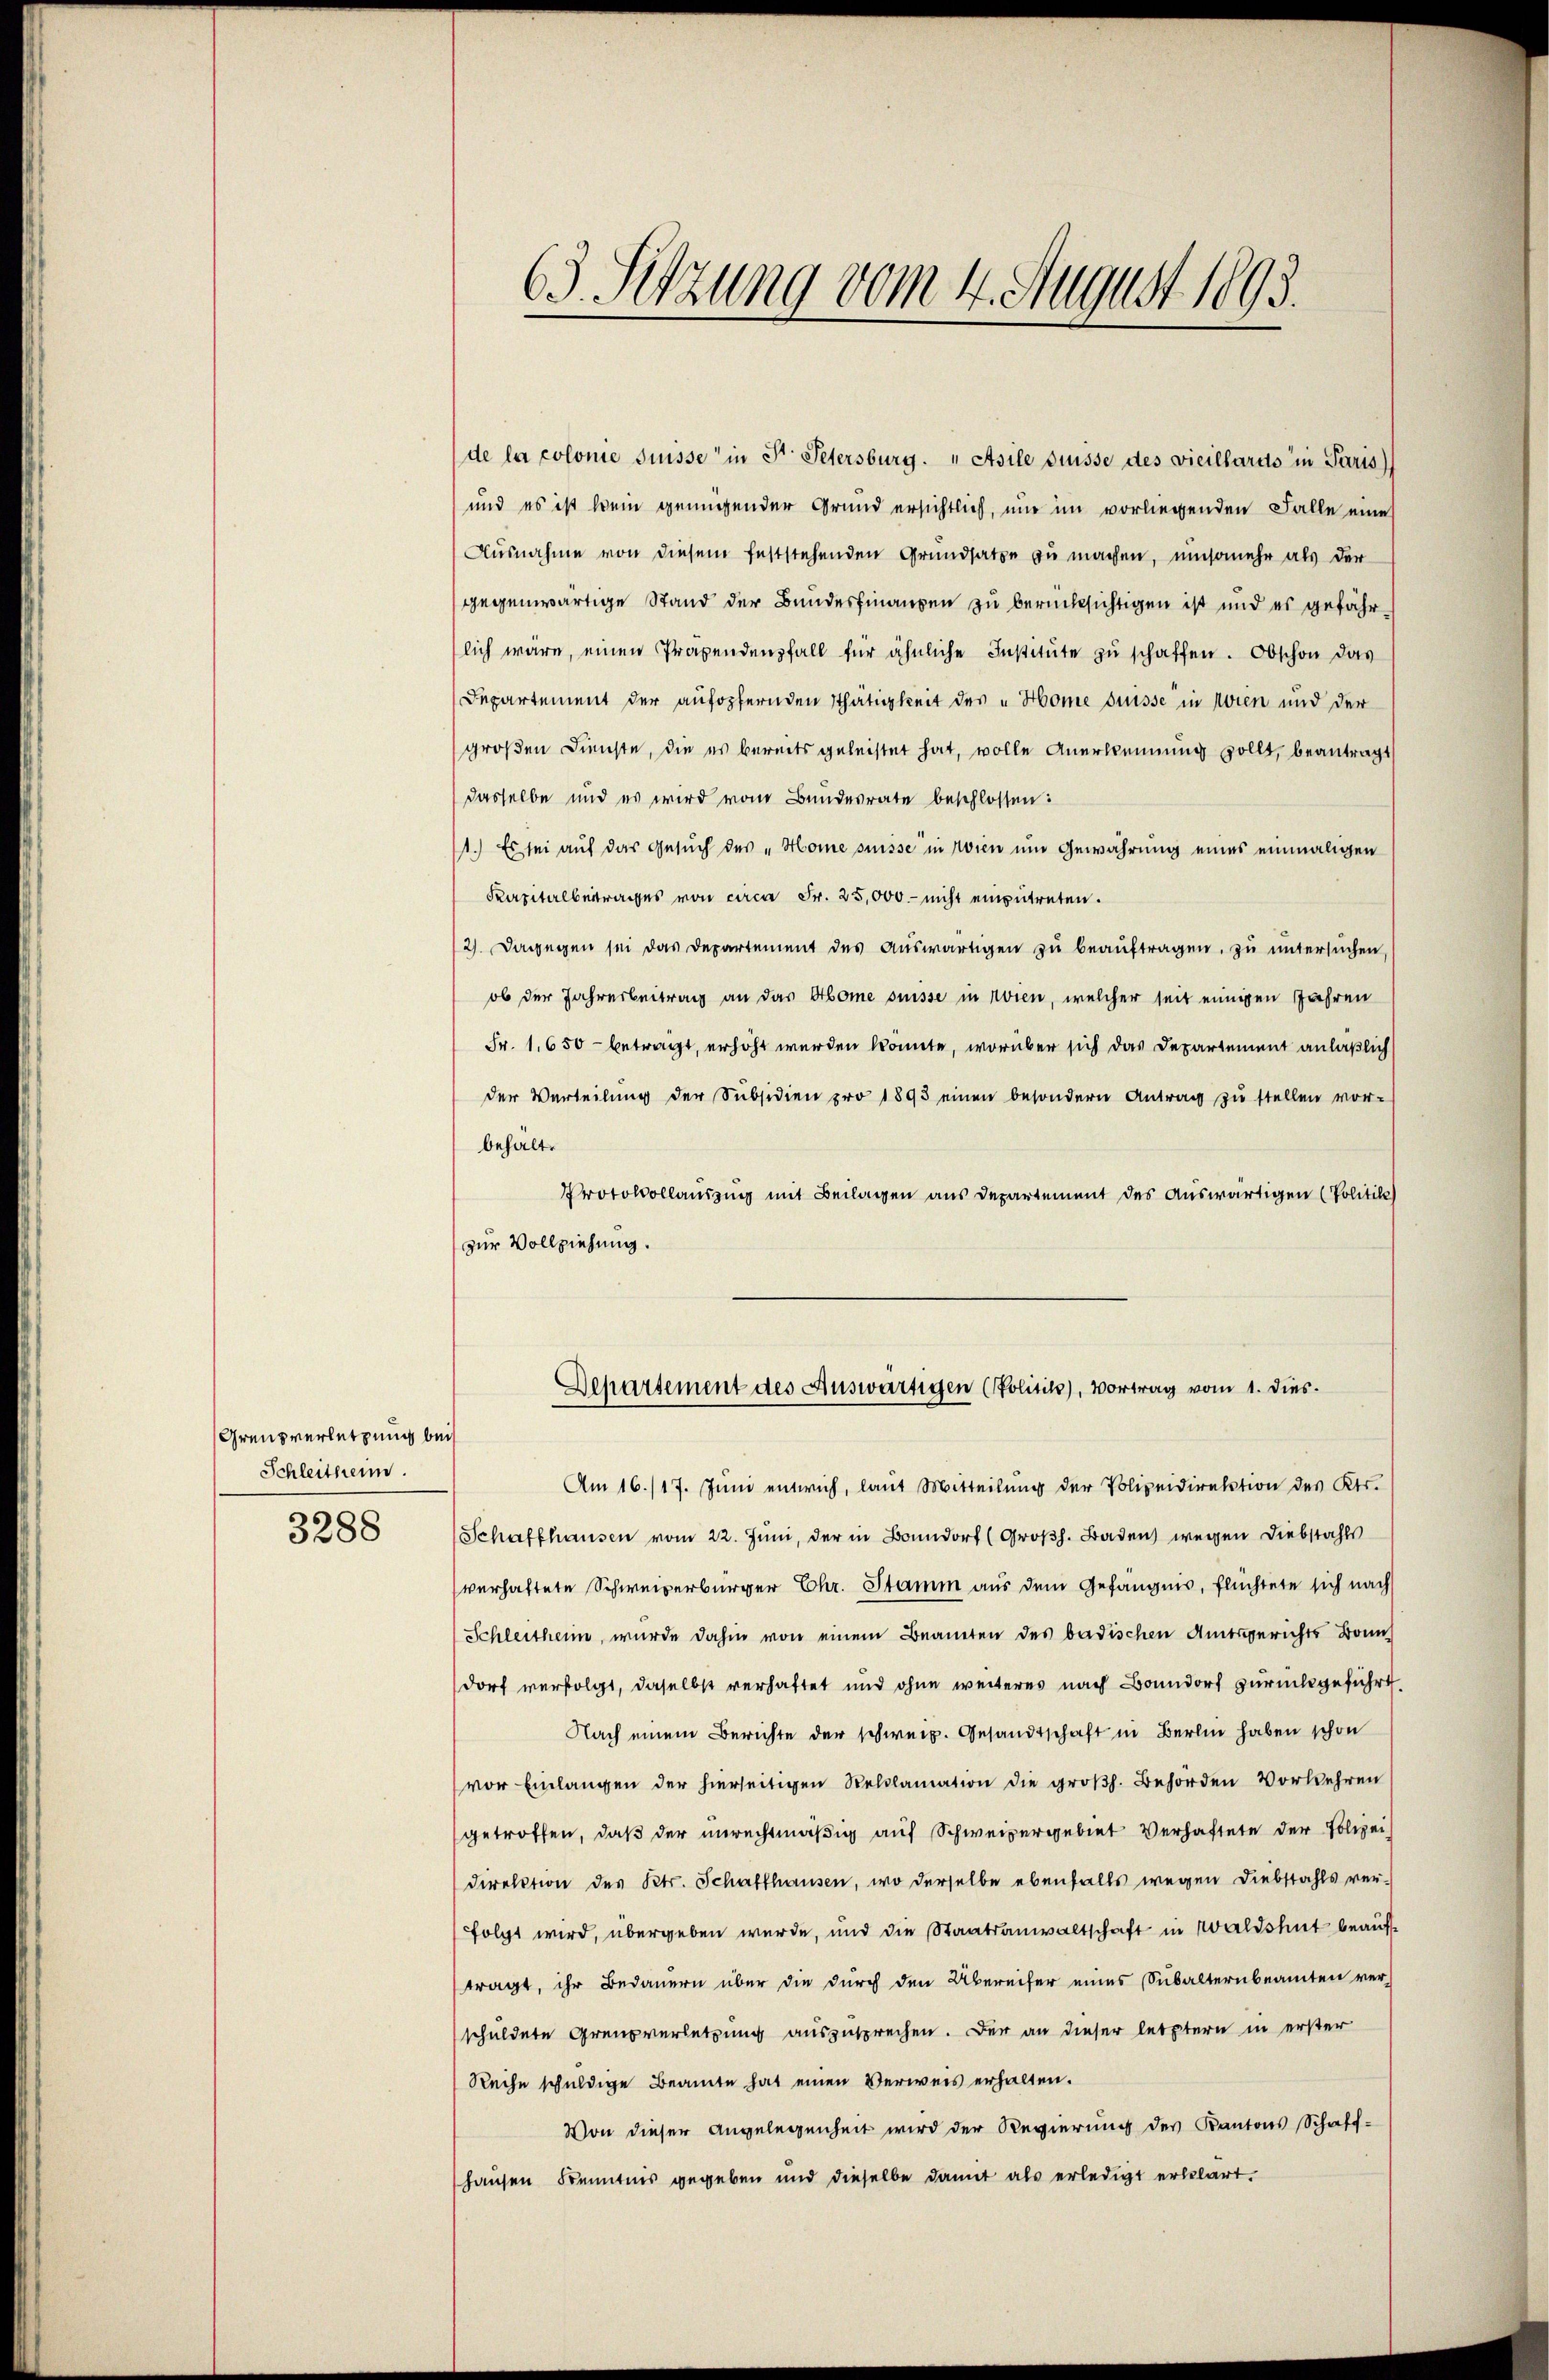
Grenzverletzung bei
Schleithern.
3288

63. Sitzung vom 4. August 1893.

de la colonie Suisse in Dr. Petersburg. „Atsile puisse des vicillards in Paris
und es ist kein genügender Grund ersichtlich, nur im vorliegenden Falle eine
Ausnahme von diesem feststehenden Grundsatze zu machen, umsomehr als der
gegenwärtige Stand der Bundesfinanzen zu berücksichtigen ist und es gefährlich wäre, einen Präpendenfall für ähnliche Institŭte zŭ schaffen. Obschon das
Departement der aufopfernden Thätigkeit des „Home suisse in Wien und der
großen Dienste, die es bereits geleistet hat, volle Anerkennung sollt, beantragt
dasselbe und es wird vom Bundesrate beschlossen:
1.) Es sei auf das Gesŭch der „Home suisse in Wien um Gewährung eines einmaligen
Kapitalbertrages von circa Fr. 25,000 nicht einzutreten.
2). Dagegen sei das Departement des aŭswärtigen zŭ beaŭftragen, zŭ ŭntersŭchen
ob der Jahresbeitrag an das Abome suisse in Wien, welcher seit einigen Jahren
Fr. 1,650 - betragt, erhöht werden könnte, worüber sich das Departement anläßlich
der Verteilŭng der Subsidien pro 1895 einen besondern Antrag zŭ stellen vor-
behalt.
Protokollauszug mit Beilagen aus Departement des Auswärtigen (Politik)
zur Vollziehung.
Departement des Auswärtigen (Politik), Vortrag vom 1. dies
Am 16./17. Juni entwich, laut Mitteilung der Polizeidirektion des Kts.
Schaffhausen vom 22. Juni, der in Bonndorf (Großh. Baden wegen Diebstahls
verhaftete Schweizerbürger Chr. Stamm aus dem Gefängnis, flüchtete sich nach
Schleitheim, wurde dahin von einem Beanten des badischen Amtsgerichts Bann
dorf verfolgt, daselbst verhaftet und ohne weiteres nach Bonndorf zurückgeführt
Nach einem Berichte der schweiz. Gesandtschaft in Berlin haben schon
vor Einlangen der hierseitigen Reklamation die großh. Behörden Vorkehren
getroffen, daß der unrechtmäßig auf Schweizergebiet Verhaftete der Polizei
Direktion des Kts. Schaffhausen, wo derselbe ebenfalls wegen Diebstahls ver-
folgt wird, übergeben wurde, und die Staatsanwaltschaft in Waldshut beauftragt, ihr Bedauern über die durch den Übereifer eines Subalternbeamten ver-
schuldete Grenzverletzung auszusprechen. Der an dieser letztern in erster
Reihe schuldige Beamte hat einen Verweis erhalten.
Von dieser Angelegenheit wird der Regierung des Kantons Schaff-
hausen Kenntnis gegeben und dieselbe damit als erledigt erklärt.